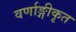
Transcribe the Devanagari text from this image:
वर्णाङ्गीकृत